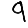
Digit: 9